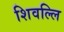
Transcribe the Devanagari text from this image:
शिवल्लि